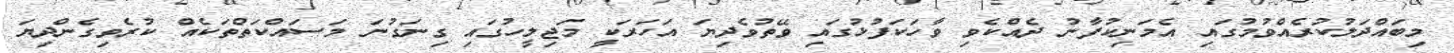
މިބައްދަލުކުރެއްވުމުގައި އެމަނިކުފާނު ދެއްކެވި ވާހަކަފުޅުގައި ވޭތުވެދިޔަ އަހަރަކީ މަޖިލީހުގައި ގިނަގުނަ މަސައްކަތްތަކެއް ކުރެވިގެންދިޔަ